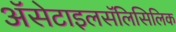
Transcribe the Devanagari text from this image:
ॲसेटाइलसॅलिसिलिक